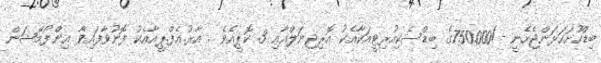
ބިޑްހުށަހަޅަންޖެހެނީ -/750